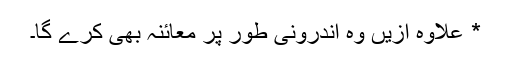
* علاوہ ازیں وہ اندرونی طور پر معائنہ بھی کرے گا۔